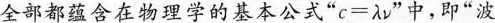
全部都蕴含在物理学的基本公式”$$c = λ v$$”中，即”$$波